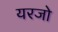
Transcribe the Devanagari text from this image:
यरजो